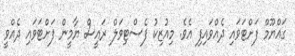
ގައްޔޫމް ފަށްޓަވައި ދެއްވައިފި އެވެ. މިއުޒިކު ފެސްޓިވަލް ރައީސް ޔާމީން ފަށްޓަވައި ދެއްވީ